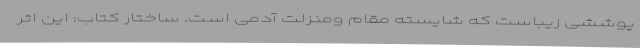
پوششی زیباست که شایسته مقام ومنزلت آدمی است. ساختار کتاب: این اثر